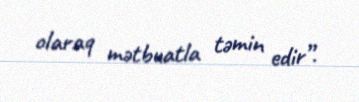
olaraq mətbuatla təmin edir”.